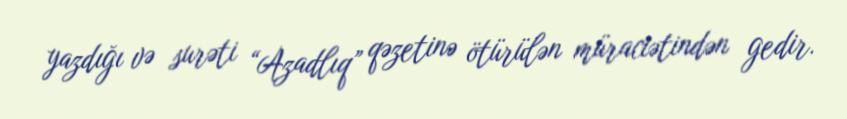
yazdığı və surəti “Azadlıq” qəzetinə ötürülən müraciətindən gedir.